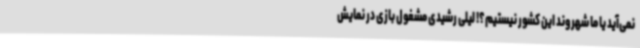
نمی‌آید یا ما شهروند این کشور نیستیم؟! لیلی رشیدی مشغول بازی در نمایش